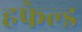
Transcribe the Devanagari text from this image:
हफेल्ड